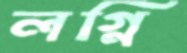
লগ্নি